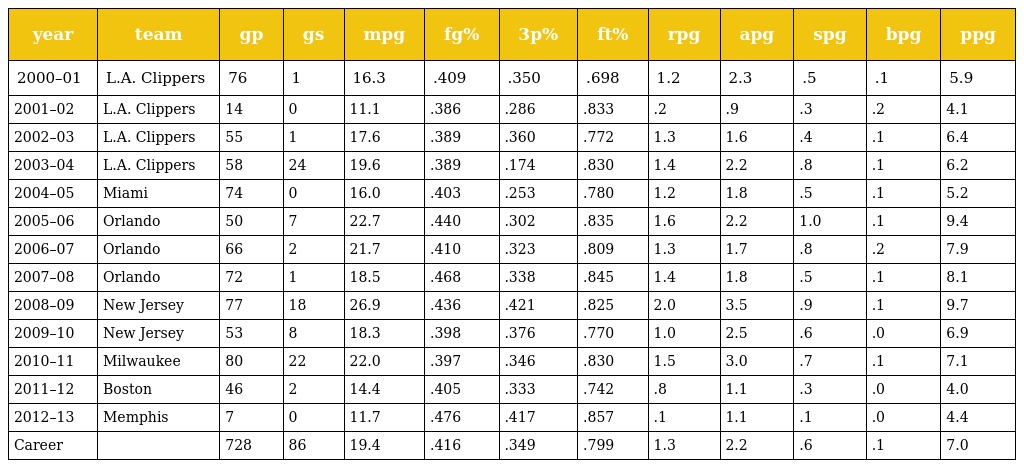
| year | team | gp | gs | mpg | fg% | 3p% | ft% | rpg | apg | spg | bpg | ppg |
 | --- | --- | --- | --- | --- | --- | --- | --- | --- | --- | --- | --- | --- |
 | 2000–01 | L.A. Clippers | 76 | 1 | 16.3 | .409 | .350 | .698 | 1.2 | 2.3 | .5 | .1 | 5.9 |
 | 2001–02 | L.A. Clippers | 14 | 0 | 11.1 | .386 | .286 | .833 | .2 | .9 | .3 | .2 | 4.1 |
 | 2002–03 | L.A. Clippers | 55 | 1 | 17.6 | .389 | .360 | .772 | 1.3 | 1.6 | .4 | .1 | 6.4 |
 | 2003–04 | L.A. Clippers | 58 | 24 | 19.6 | .389 | .174 | .830 | 1.4 | 2.2 | .8 | .1 | 6.2 |
 | 2004–05 | Miami | 74 | 0 | 16.0 | .403 | .253 | .780 | 1.2 | 1.8 | .5 | .1 | 5.2 |
 | 2005–06 | Orlando | 50 | 7 | 22.7 | .440 | .302 | .835 | 1.6 | 2.2 | 1.0 | .1 | 9.4 |
 | 2006–07 | Orlando | 66 | 2 | 21.7 | .410 | .323 | .809 | 1.3 | 1.7 | .8 | .2 | 7.9 |
 | 2007–08 | Orlando | 72 | 1 | 18.5 | .468 | .338 | .845 | 1.4 | 1.8 | .5 | .1 | 8.1 |
 | 2008–09 | New Jersey | 77 | 18 | 26.9 | .436 | .421 | .825 | 2.0 | 3.5 | .9 | .1 | 9.7 |
 | 2009–10 | New Jersey | 53 | 8 | 18.3 | .398 | .376 | .770 | 1.0 | 2.5 | .6 | .0 | 6.9 |
 | 2010–11 | Milwaukee | 80 | 22 | 22.0 | .397 | .346 | .830 | 1.5 | 3.0 | .7 | .1 | 7.1 |
 | 2011–12 | Boston | 46 | 2 | 14.4 | .405 | .333 | .742 | .8 | 1.1 | .3 | .0 | 4.0 |
 | 2012–13 | Memphis | 7 | 0 | 11.7 | .476 | .417 | .857 | .1 | 1.1 | .1 | .0 | 4.4 |
 | Career |  | 728 | 86 | 19.4 | .416 | .349 | .799 | 1.3 | 2.2 | .6 | .1 | 7.0 |